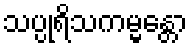
သပ္ပုရိသကမ္မန္တော